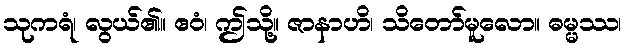
သုကရံ၊ လွယ်၏။ ဧဝံ၊ ဤသို့။ ဇာနာဟိ၊ သိတော်မူလော။ ဓမ္မဿ၊